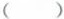
( )